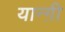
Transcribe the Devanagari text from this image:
यान्ग़ी